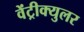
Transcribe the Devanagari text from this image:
वेंट्रीक्युलर